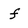
Character: f